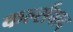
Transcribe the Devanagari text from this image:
कर्ल्सवाद